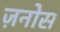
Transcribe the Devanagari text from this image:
ज़नोस